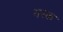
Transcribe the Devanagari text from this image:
यस्क